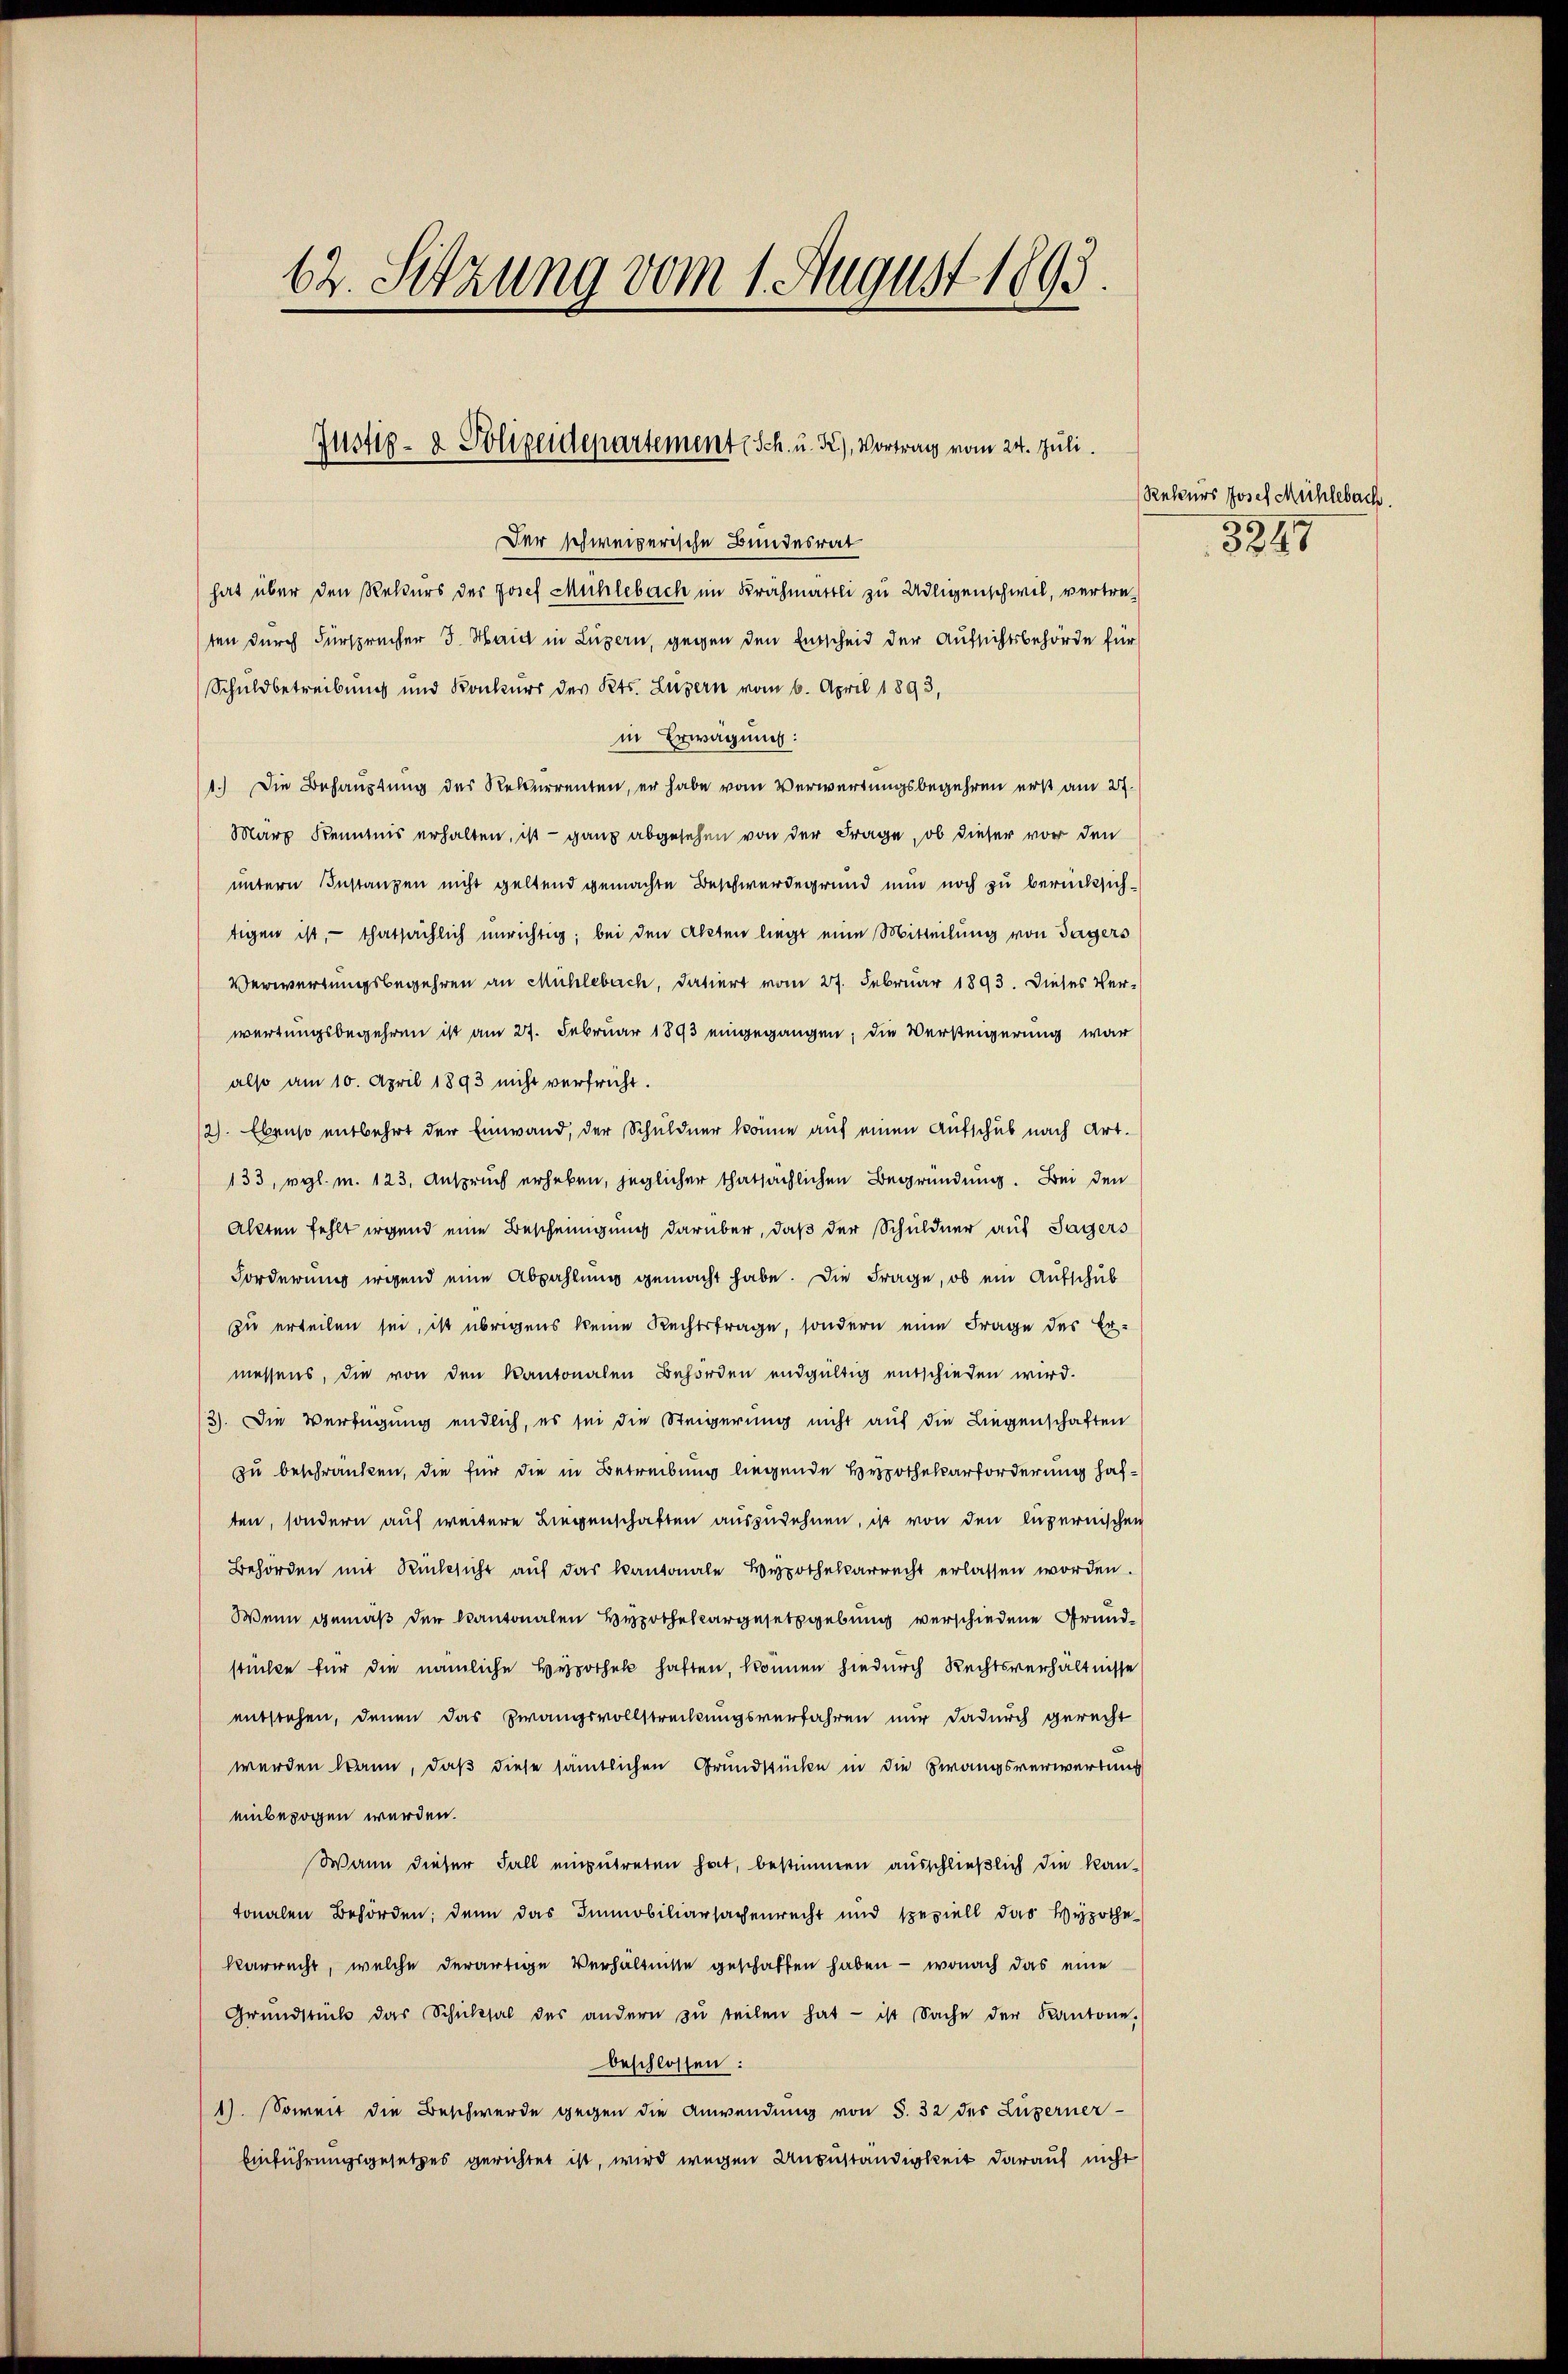
62. Setzung vom 1. August 1893.

Justiz- & Polizeidepartementsch. u. K), Vortrag vom 24. Juli.

Der schweizerische Bundesrat
hat über den Rekurs der Josef Mühlebach im Krähmattli zu Adligenschwil, vertreten durch Fürsprücher 3. Maich in Luzern, gegen den Entscheid der Aufsichtsbehörde für
Schuldbetreibung und Konkurs des Kts. Luzern vom 6. April 1893,
in Erwägung:
1.) Die Behauptung des Rekurrenten, er habe vom Verwartungsbegehren erst am 27.
Marz Kenntnis erhalten, ist - ganz abgesehen von der Frage, ob dieser vor den
untern Instanzen nicht geltend gemachte Beschwerdegrund nun noch zu berücksichtigen ist, - thatsächlich unrichtig; bei den Akten liegt eine Mitteilung von Jägers
Verwertungsbegehren an Mühlebach, datiert vom 27. Februar 1893. Dieses Ver-
wartungsbegehren ist am 27. Februar 1893 eingegangen; die Verkeigerung war
also am 10. April 1893 nicht verfrecht.
12). Ebenso entbehrt der Einwand, der Schuldner könne auf einen Aufschub nach Art.
133, vgl. m. 123. Anspruch erheben, jeglicher thatsächlichen Begründung. Bei den
Akten fehlt irgend eine Bescheinigung darüber, daß der Schuldner auf Sagers
Forderung irgend eine Abzahlung gemacht habe. Die Frage, ob ein Aufschub
zu erteilen sei, ist übrigens keine Rechtsfrage, sondern eine Frage des Er-
messens, die von den Kantonalen Behörden endgültig entschieden wird.
3). Die Verfügung endlich, es sei die Steigerung nicht auf die Liegenschaften
zu beschränken, die für die in Betreibung liegende Hypothekarforderung haften, sondern auf weitere Liegenschaften auszudehnen, ist von den luzernischen
Behörden mit Rücksicht aŭf das kantonale Hypothekarrecht erlassen worden.
Wenn gemäß der Kantonalen Hypothekargesetzgebung verschiedene Grundstücke für die nämliche Hypothek haften, können hiedurch Rechtsverhältnisse
entstehen, denen das Zwangsvollstreckungsverfahren nur dadurch gerecht
werden kann, daß diese sämtlichen Grundstücke in die Zwangsverwertung
einbezogen werden.
Wann dieser Fall einzutreten hat, bestimmen ausschließlich die kan-
tonalen Behörden; denn das Immobiliarsachenrecht und speziell das Hypothe
karrecht, welche derartige Verhältnisse geschaffen haben - wonach das eine
Grŭndstück das Schicksal des andern zŭ teilen hat - ist Sache der Kantone.
beschlossen:
1). Soweit die Beschwerde gegen die Anwendung von S. 32 des Luzerner-
binführungsgesetzes gerichtet ist, wird wegen Unzuständigkeit darauf nicht

Rekurs Josef Mühlebach.
3247